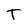
Character: T